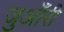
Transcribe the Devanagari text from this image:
जुआँरी